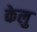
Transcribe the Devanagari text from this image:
केलु